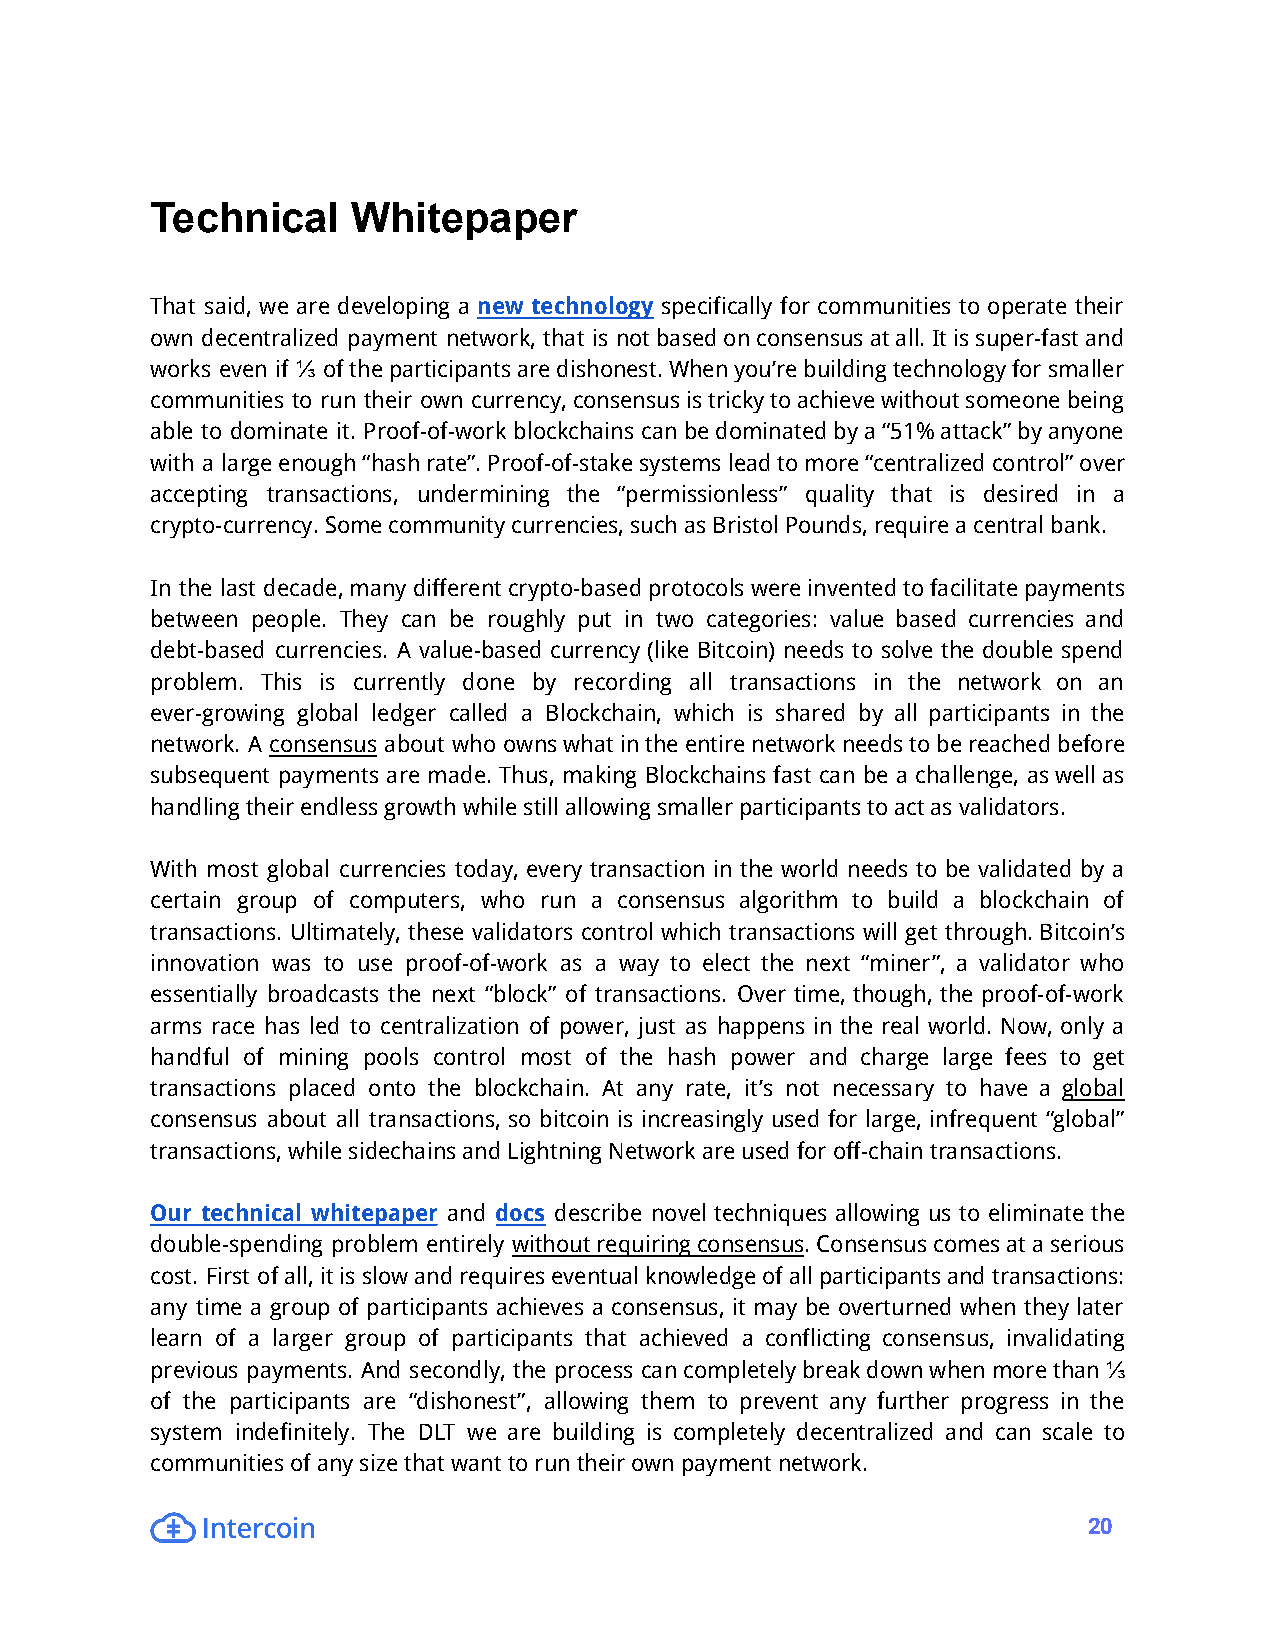
Technical    Whitepaper
 That said, we are developing a new technology specifically for communities to operate their
 own decentralized payment network, that is notbasedonconsensusatall.Itissuper-fastand
 works even if ⅓ oftheparticipantsaredishonest.Whenyou’rebuildingtechnologyforsmaller
 communities to run their own currency,consensusistrickytoachievewithoutsomeonebeing
 able to dominate it. Proof-of-work blockchains canbedominatedbya“51%attack”byanyone
 with a largeenough“hashrate”.Proof-of-stakesystemsleadtomore“centralizedcontrol”over
 accepting transactions, undermining the “permissionless” quality that is desired in a
 crypto-currency.Somecommunitycurrencies,suchasBristolPounds,requireacentralbank.
 In the last decade,manydifferentcrypto-basedprotocolswereinventedtofacilitatepayments
 between people. They can be roughly put in two categories: value based currencies and
 debt-based currencies. A value-based currency (like Bitcoin) needs to solve the double spend
 problem. This is currently done by recording all transactions in the network on an
 ever-growing global ledger called a Blockchain, which is shared by all participants in the
 network. A consensus about who ownswhatintheentirenetworkneedstobereachedbefore
 subsequent payments are made. Thus, making Blockchains fast can be a challenge, aswellas
 handlingtheirendlessgrowthwhilestillallowingsmallerparticipantstoactasvalidators.
 With most global currencies today, every transaction in the world needs to be validated by a
 certain group of computers, who run a consensus algorithm to build a blockchain of
 transactions. Ultimately, these validators control which transactions will get through.Bitcoin’s
 innovation was to use proof-of-work as a way to elect the next “miner”, a validator who
 essentially broadcasts the next “block” of transactions. Over time, though, the proof-of-work
 arms race has led to centralization of power, just as happens in the real world. Now, only a
 handful of mining pools control most of the hash power and charge large fees to get
 transactions placed onto the blockchain. At any rate, it’s not necessary to have a global
 consensus about all transactions, so bitcoin is increasingly used for large, infrequent “global”
 transactions,whilesidechainsandLightningNetworkareusedforoff-chaintransactions.
 Our technical whitepaper and docs describe novel techniques allowing us to eliminate the
 double-spending problem entirely withoutrequiringconsensus.Consensuscomesataserious
 cost. First ofall,itisslowandrequireseventualknowledgeofallparticipantsandtransactions:
 any time a group of participants achieves a consensus, it may be overturned when they later
 learn of a larger group of participants that achieved a conflicting consensus, invalidating
 previous payments. And secondly, the process cancompletelybreakdownwhenmorethan⅓
 of the participants are “dishonest”, allowing them to prevent any further progress in the
 system indefinitely. The DLT we are building is completely decentralized and can scale to
 communitiesofanysizethatwanttoruntheirownpaymentnetwork.
 20